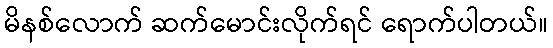
မိနစ်လောက် ဆက်မောင်းလိုက်ရင် ရောက်ပါတယ်။